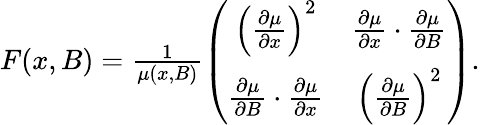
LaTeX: \begin{array}{r}{F(x,B)=\frac{1}{\mu(x,B)}\left(\begin{array}{cc}{\left(\frac{\partial\mu}{\partial x}\right)^{2}}&{\frac{\partial\mu}{\partial x}\cdot\frac{\partial\mu}{\partial B}}\\ {\frac{\partial\mu}{\partial B}\cdot\frac{\partial\mu}{\partial x}}&{\left(\frac{\partial\mu}{\partial B}\right)^{2}}\end{array}\right).}\end{array}